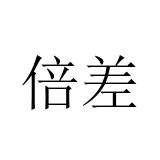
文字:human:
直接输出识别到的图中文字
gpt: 倍差